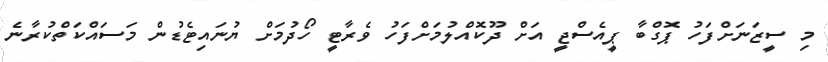
މި ސީޒަނަށްފަހު ޕޮގްބާ ޕީއެސްޖީ އަށް ދޫކޮއްލުމަށްފަހު ވެރާޓީ ހޯދުމަށް ޔުނައިޓެޑުން މަސައްކަތްކުރާނެ